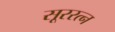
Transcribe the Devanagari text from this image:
सूररत्‍न